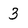
Character: 3